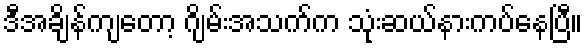
ဒီအချိန်ကျတော့ ဂျိမ်းအသက်က သုံးဆယ်နားကပ်နေပြီ။